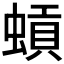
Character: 𫋐